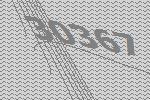
30367